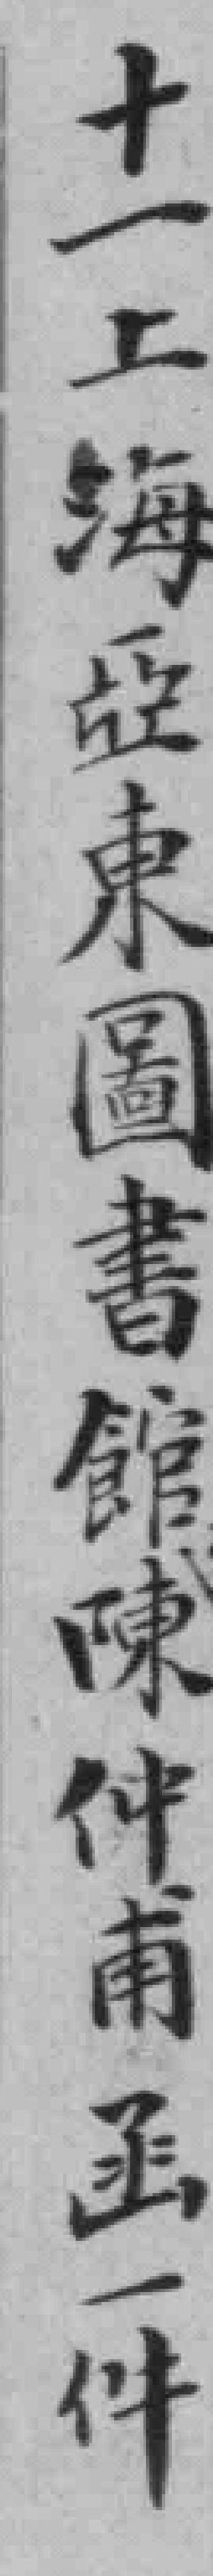
十一上海亞東圖書館陳仲甫函一件